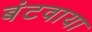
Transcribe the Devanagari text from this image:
बंटवाया